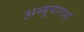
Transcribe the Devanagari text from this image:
अभ्युपागमों